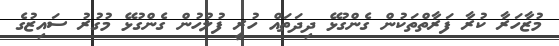
މުޒާހަރާ ކުރާ ފަރާތްތަކުން ގެންގުޅޭ ދިދަތައް ހުރީ ފުލުހުން ގެންގުޅޭ މުގުރު ސައިޒުގެ